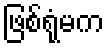
ဖြစ်ရုံမက